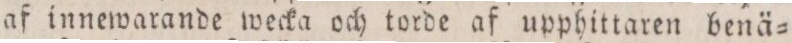
af innewarande wecka och torde af upphittaren benä=